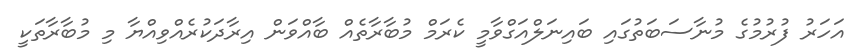
އަހަރު ފުރުމުގެ މުނާސަބަތުގައި ބައިނަލްއަގްވާމީ ކެރަމް މުބާރާތެއް ބާއްވަން އިރާދަކުރެއްވިއްޔާ މި މުބާރާތަކީ